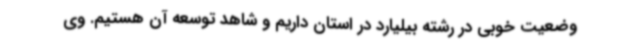
وضعیت خوبی در رشته بیلیارد در استان داریم و شاهد توسعه آن هستیم. وی